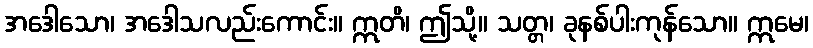
အဒေါသော၊ အဒေါသလည်းကောင်း။ ဣတိ၊ ဤသို့။ သတ္တ၊ ခုနစ်ပါးကုန်သော။ ဣမေ၊